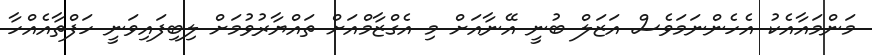
މަންމައާއެކު އެހެންނަމަވެސް އަޒަލް ބުނީ އޭނާއަށް މި އެގްޒާމްއަށް ތައްޔާރުވުމަށް ލިބިފައިވަނީ ހަފްތާއެއްހާ